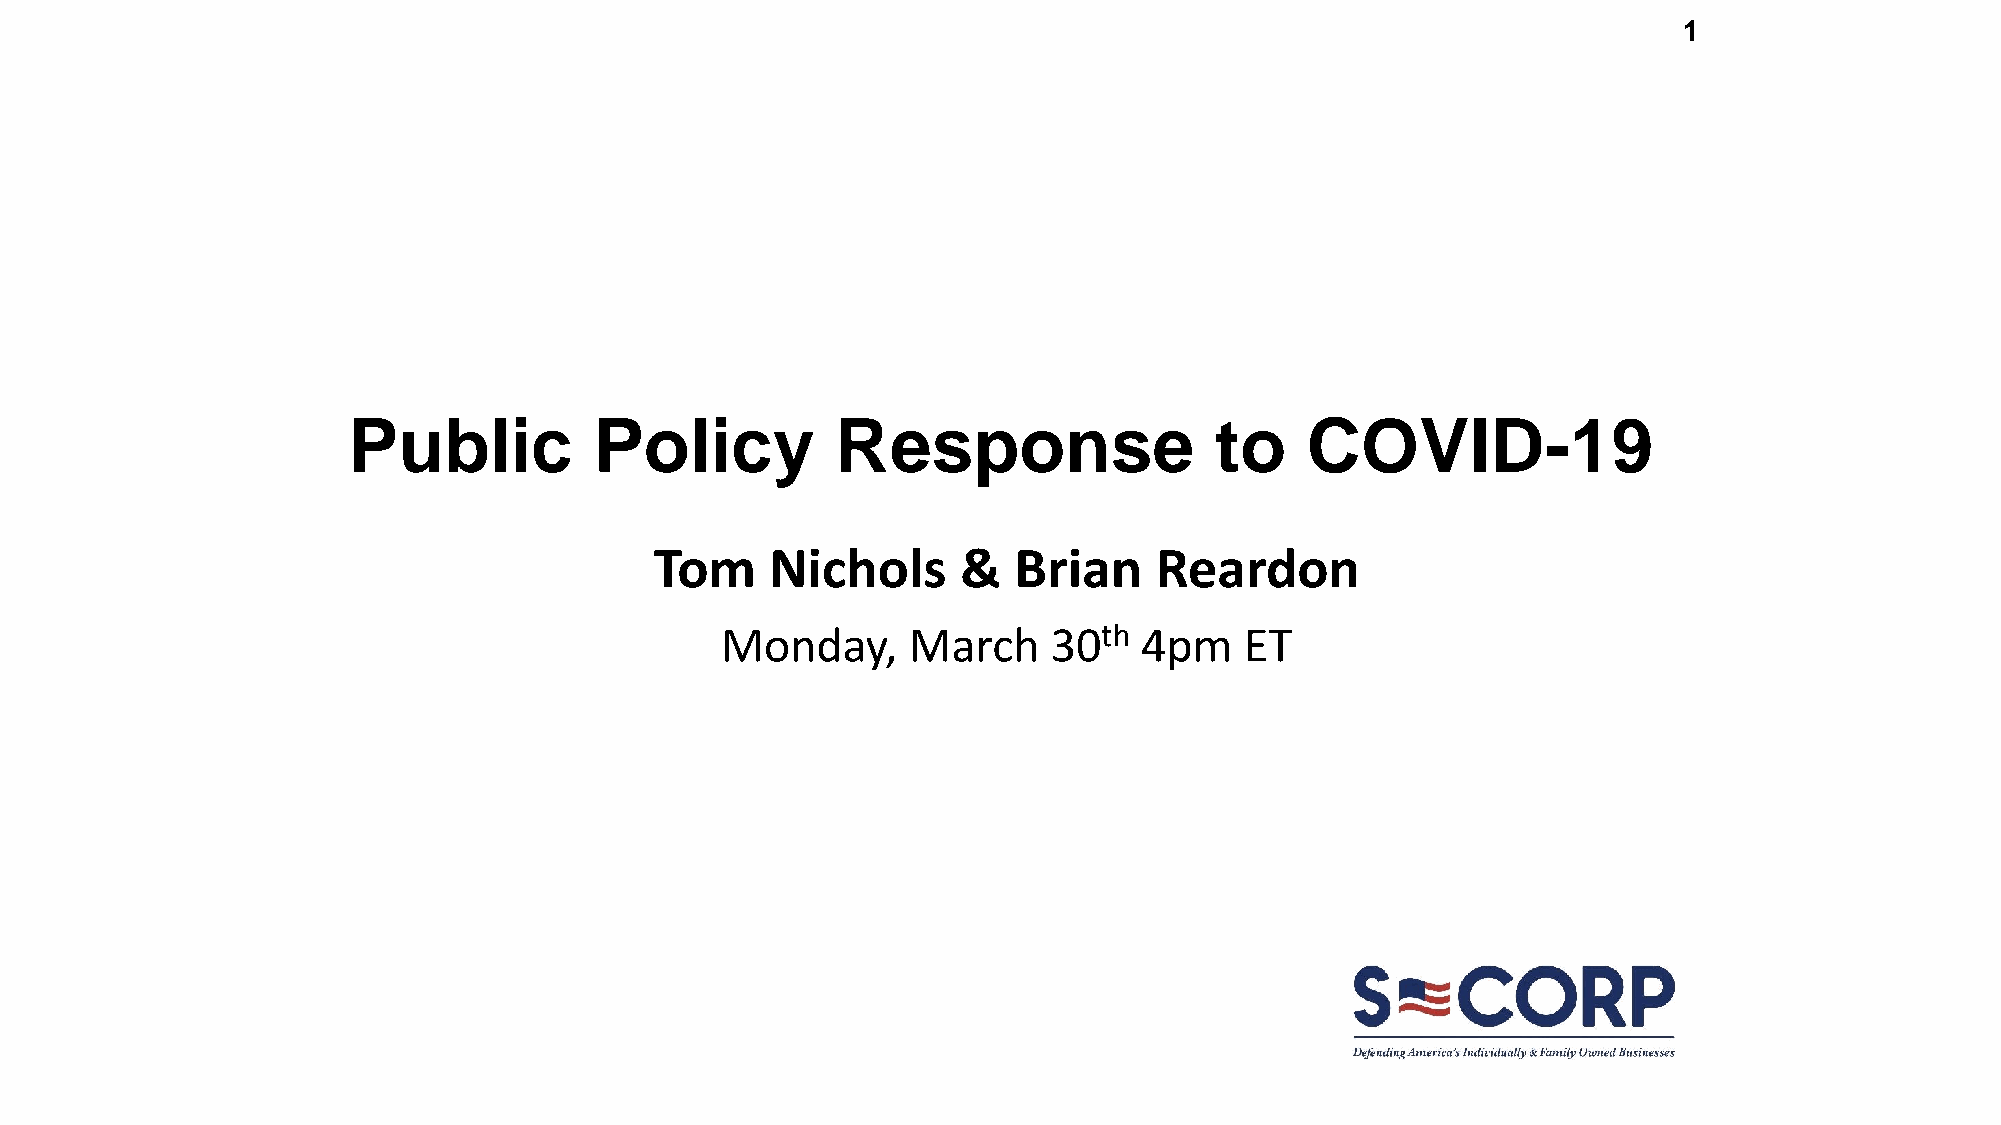
1
 Public          Policy          Response                 to    COVID-19
 Tom     Nichols      &  Brian    Reardon
 Monday,     March     30th  4pm   ET